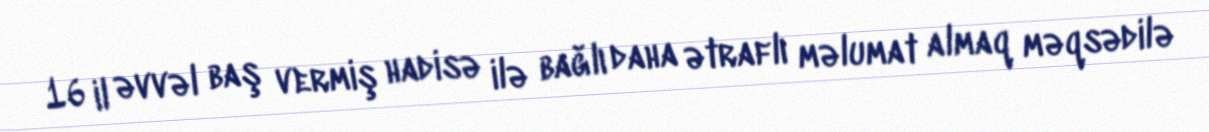
16 il əvvəl baş vermiş hadisə ilə bağlı daha ətraflı məlumat almaq məqsədilə